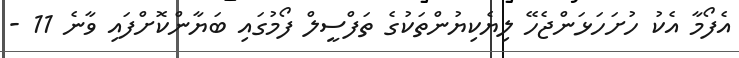
އެފޯމާ އެކު ހުށަހަޅަންޖެހޭ ލިޔެކިޔުންތަކުގެ ތަފްސީލް ފޯމުގައި ބަޔާންކޮށްފައި ވާނެ 11 -